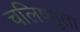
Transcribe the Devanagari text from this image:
चलिष्णुता